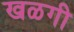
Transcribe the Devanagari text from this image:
खळगी